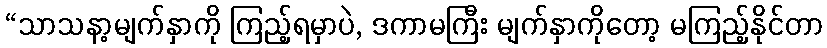
“သာသနာ့မျက်နှာကို ကြည့်ရမှာပဲ, ဒကာမကြီး မျက်နှာကိုတော့ မကြည့်နိုင်တာ